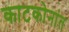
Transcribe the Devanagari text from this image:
काटकोनांत